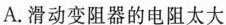
A.滑动变阻器的电阻太大